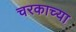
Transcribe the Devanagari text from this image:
चरकाच्या